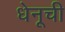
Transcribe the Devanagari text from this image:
धेनूची